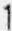
1